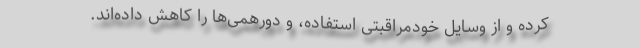
کرده و از وسایل خودمراقبتی استفاده، و دورهمی‌ها را کاهش داده‌اند.